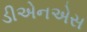
ડીએનએસ